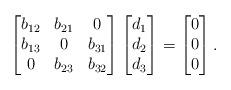
LaTeX: \begin{align*}\begin{bmatrix}b_{12} & b_{21} & 0 \\b_{13} & 0 & b_{31} \\0 & b_{23} & b_{32}\end{bmatrix}\begin{bmatrix}d_1 \\ d_2 \\ d_3 \end{bmatrix}=\begin{bmatrix}0 \\ 0 \\ 0\end{bmatrix}.\end{align*}